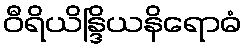
ဝီရိယိန္ဒြိယနိရောဓံ